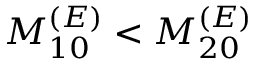
M _ { 1 0 } ^ { ( E ) } < M _ { 2 0 } ^ { ( E ) }